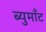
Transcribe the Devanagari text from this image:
ब्युमाँट